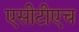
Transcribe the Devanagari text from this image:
एसीटीएच